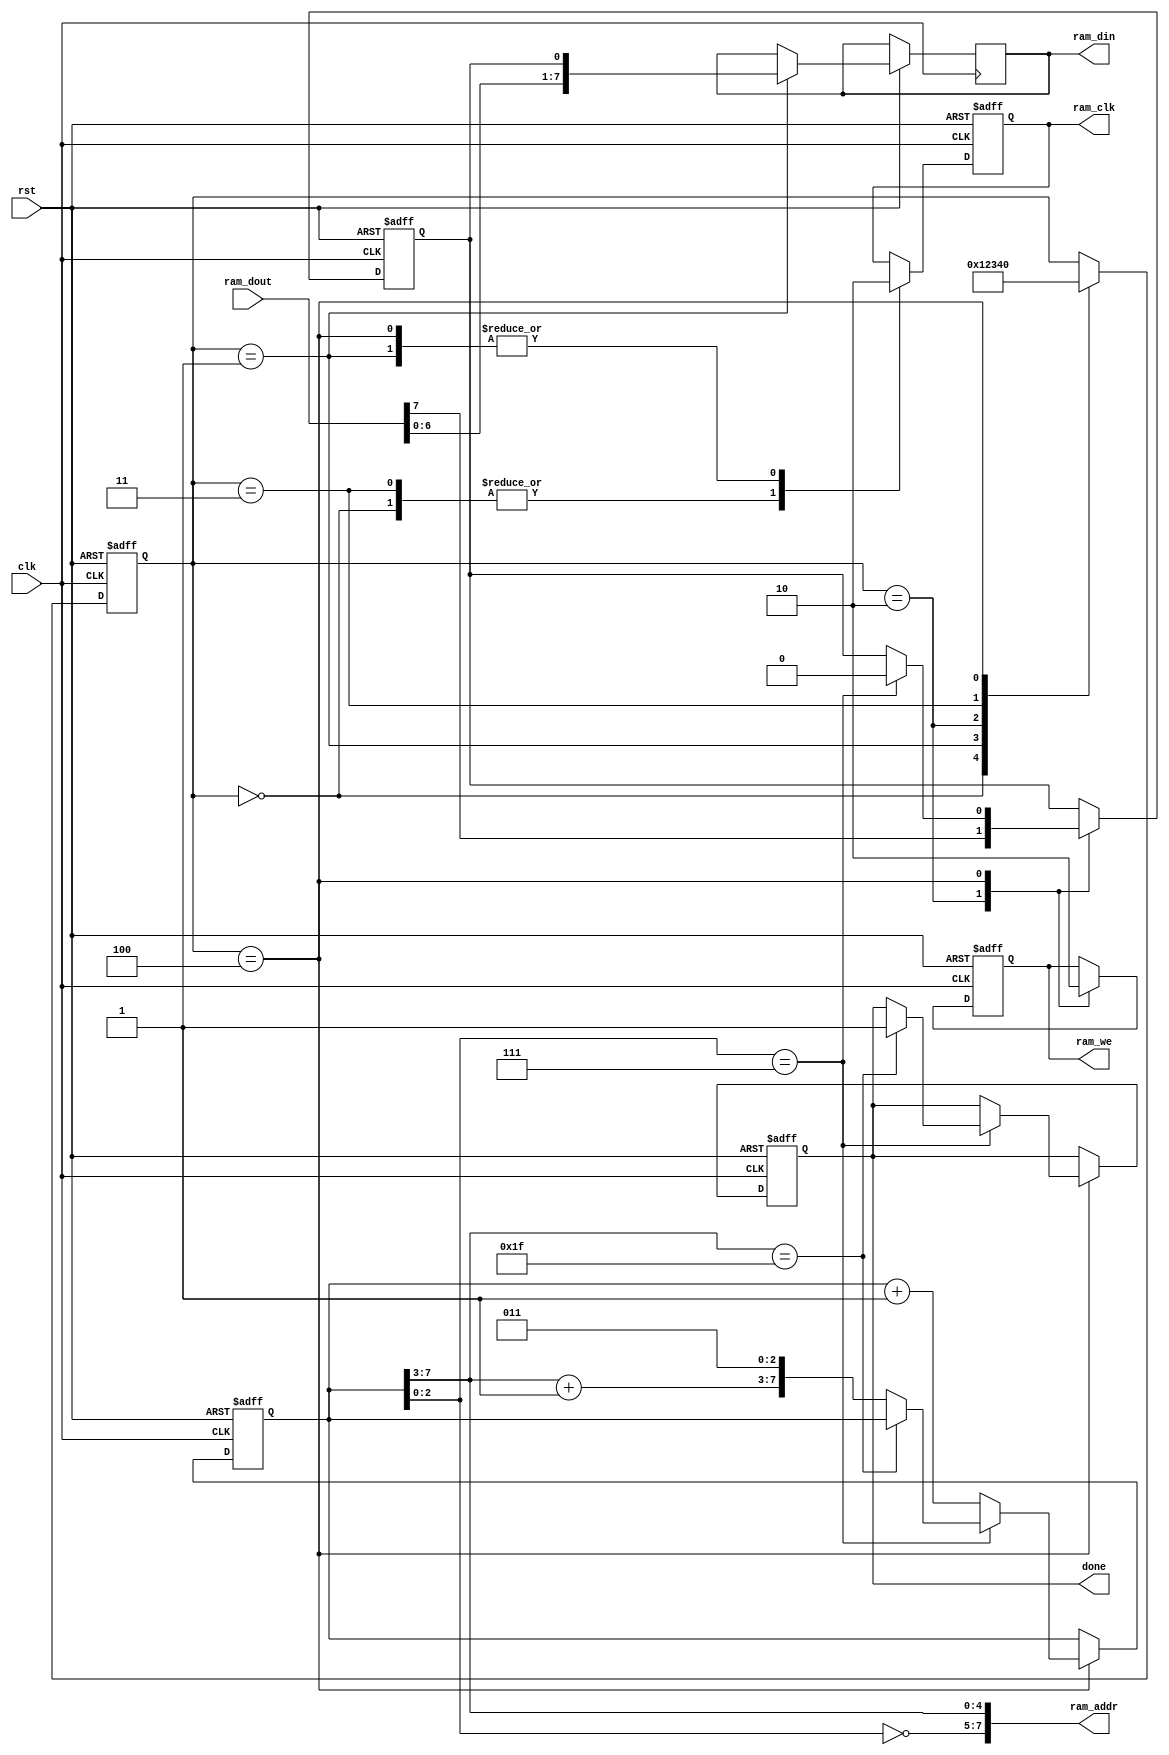
module ram_shifting(clk, rst, ram_dout, ram_clk, ram_we, ram_addr, ram_din, done);
	input clk, rst;
	input[7:0] ram_dout;
	output reg ram_clk, ram_we;
	output reg[7:0] ram_addr;
	output reg[7:0] ram_din;
	output reg done;
	
	parameter max_col = 3'd7;
	parameter max_line = 5'd31;
	
	reg[3:0] state;
	reg cr;
	reg[7:0] ram_addr0;
	
	always @(ram_addr0) begin
	/* 
	3 + 5
	0 2
	1 3
	--------
	5 + 3
	1 0
	3 2
	*/
	ram_addr <= {~ram_addr0[2:0], ram_addr0[7:3]};
	end
	
	always @(posedge clk or negedge rst) begin
		if (!rst) begin
			state <= 0;
			ram_addr0 <= 3; // 054(100)3(011)
			ram_clk <= 0;
			ram_we <= 0;
			cr <= 0;
			done <= 0;
		end
		
		else begin
			case (state)
			
			0:begin
				ram_clk <= 1;
				state <= 1;
			end
			
			1:begin
				ram_clk <= 0;
				ram_din <= {ram_dout[6:0], cr};
				state <= 2;
			end
			
			2:begin
				cr <= ram_dout[7];
				ram_we <= 1;
				state <= 3;
			end
			
			3:begin
				ram_clk <= 1;
				state <= 4;
			end
			
			4:begin
				ram_clk <= 0;
				ram_we <= 0;
				state <= 0;
				if (ram_addr0[2:0] == max_col) begin
					if (ram_addr0[7:3] == max_line)
						done <= 1;
					else
						ram_addr0 <= {ram_addr0[7:3] + 1'b1, 3'd3};
						cr <= 0;
				end
				else begin
					ram_addr0 <= ram_addr0 + 1'b1;
				end
			end

			endcase
		end
	end
endmodule